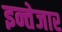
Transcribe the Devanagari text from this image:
इन्तेजार